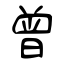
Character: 曾